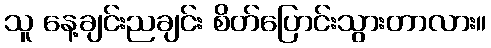
သူ နေ့ချင်းညချင်း စိတ်ပြောင်းသွားတာလား။